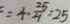
= 4 \cdot \frac { 2 5 } { 4 } = 2 5